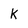
Character: k